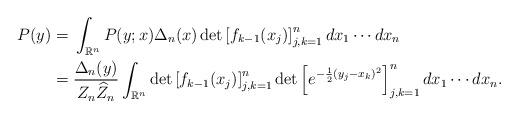
LaTeX: \begin{align*} P(y) = {}& \int_{\mathbb R^n} P(y;x) \Delta_n(x)\det \left[ f_{k-1}(x_j) \right]_{j,k=1}^n dx_1 \dotsm dx_n \\ = {}& \frac{\Delta_n(y)}{Z_n\widehat Z_n }\int_{\mathbb R^n} \det \left[ f_{k - 1}(x_j) \right]^n_{j, k = 1} \det \left[ e^{-\frac{1}{2}(y_j - x_k)^2} \right]^n_{j, k = 1} dx_1 \dotsm dx_n. \end{align*}